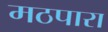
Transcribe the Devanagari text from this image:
मठपारा